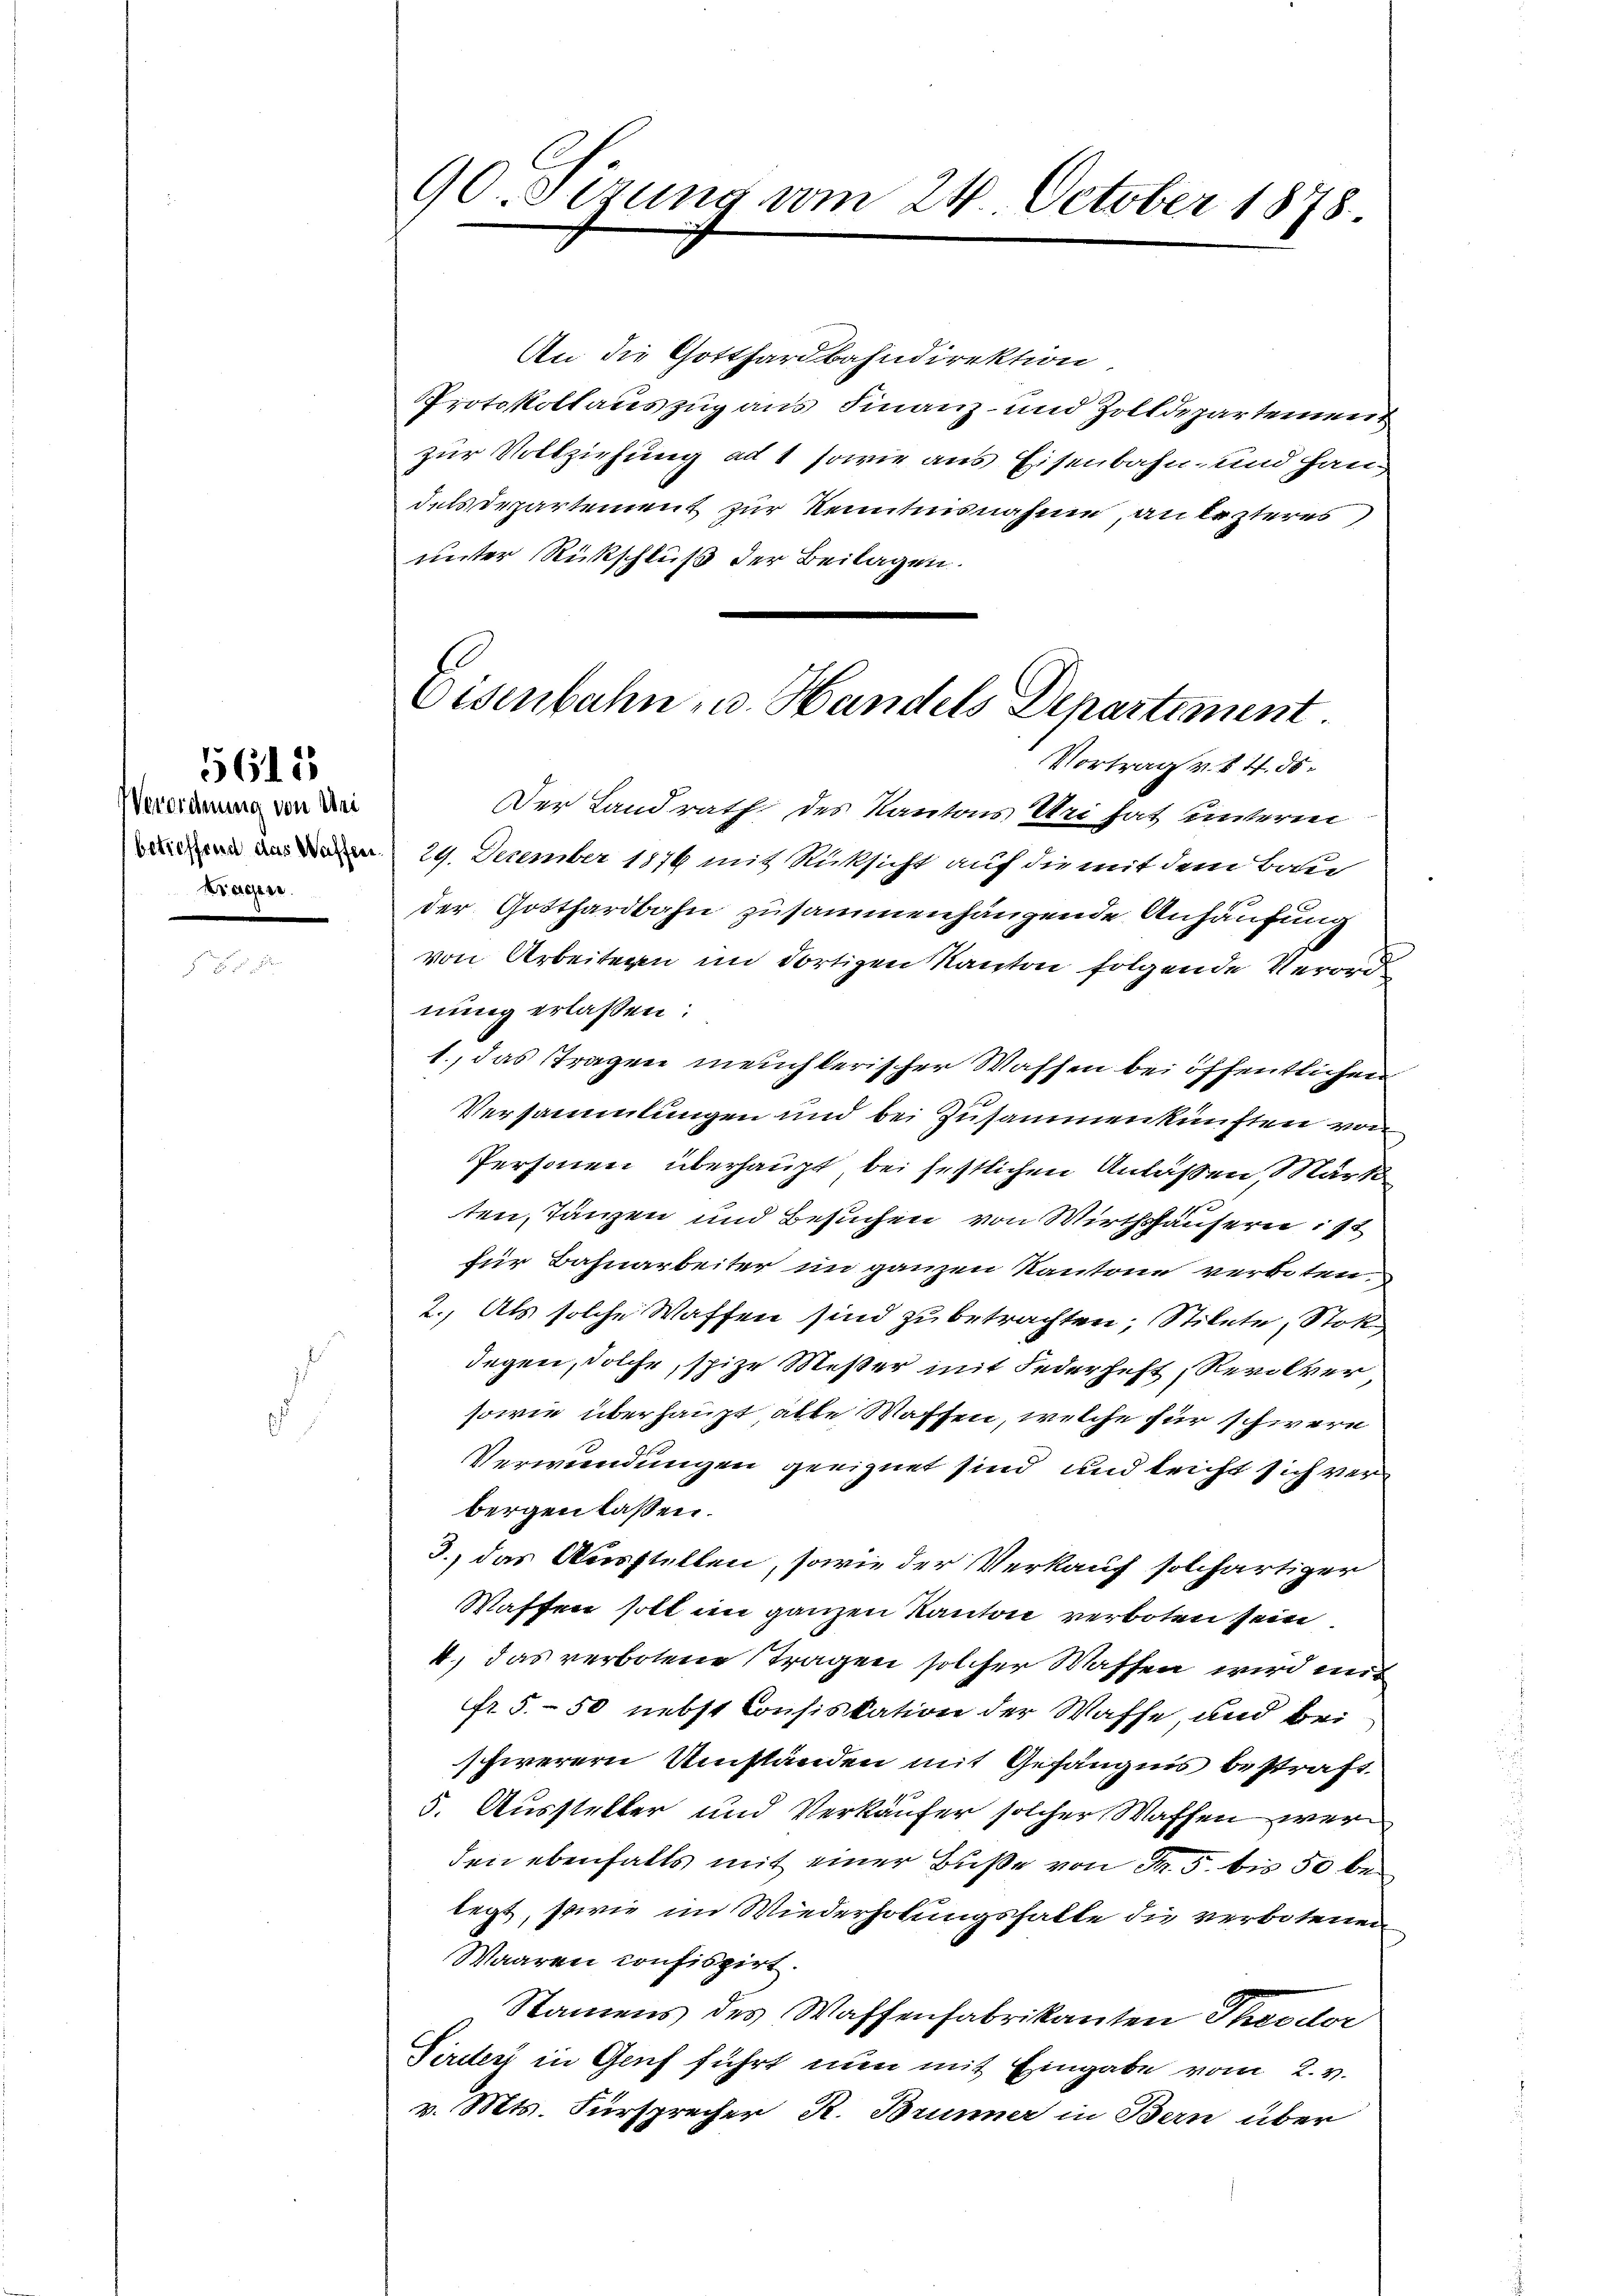
Verordnung von Mei
Kragen.

5612

90.Sezung vom 24. October 1878.

An die Gotthardbahndirektion,
Protokollauszug aus Finanz- und Zolldepartement
zur Vollziehung ad 1 sowie aus Eisenbahn- und Handels Departement zur Kenntnisnahme, an lezteres,
unter Rückschluß der Beilagen.
Der Landrath des Kantons Uri hat unteren
 29. December 1879 mit Rücksicht auf die mit dem Bothur
der Gotthardbahn zusammenhängende Anhäufung
von Arbeiteren im dortigen Kanton folgende Verord
nung erlassen:
1., das Tragen meuchlerischer Waffen bei öffentlichen
Versammlungen und bei Zusammenkünften von
Personen überhaupt, bei festlichen Anlaßen, Märt
ten, Tänzen und Besuchen von Wirthshäusern ist
für Bahnarbeiter im ganzen Kantone verboten.
2.) Als solche Waffen sind zu betrachten; Stilete, Stok
degen, solche, spize Messer mit Federheft, Revolver
sowie überhaupt, alle Wassen, welche für schwere
Verwendungen geeignet sind und leicht sich verbergen lassen.
3.) das Ausstellen, sowie der Verkauf solchartiger
Wassen soll im ganzen Kanton verboten sein
4., das verbotene Stragen solcher Wassen wird mit
fr. 5.- 50 nebst Confiskation der Waffe, und bei
schwerern Umständen mit Gefängnis bestraft
5. Aussteller und Verkäufer solcher Waffen wer
den ebenfalls mit einer Buße von Fr. 5. bis 50 belegt, sowie im Wiederholungshalte die verbotenen
Waaren confiszirt.
Namens des Waffenfabrikanten Theodor
Piriter in Genf führt nun mit Eingabe vom 2. v.
v. Mts. Fürsprecher R. Brunner in Bern über

Eisenbahn u. Handels Departiment.
Vortrag v. 4. ds.